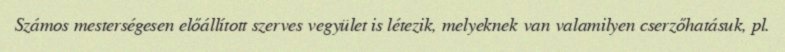
Számos mesterségesen előállított szerves vegyület is létezik, melyeknek van valamilyen cserzőhatásuk, pl.